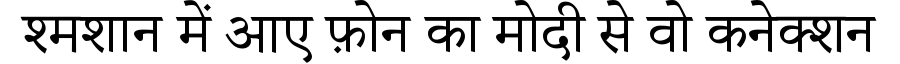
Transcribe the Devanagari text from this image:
श्मशान में आए फ़ोन का मोदी से वो कनेक्शन